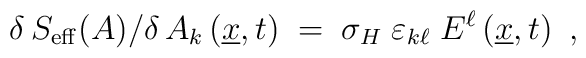
\delta\,S_{\rm eff} (A) \big/ \delta\,A_k \left( \underline{x},  t\right) \;=\; \sigma_H\;\varepsilon_{k\ell}\;E^\ell \left(  \underline{x},t\right)~,